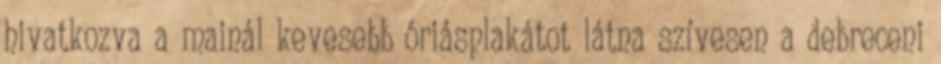
hivatkozva a mainál kevesebb óriásplakátot látna szívesen a debreceni